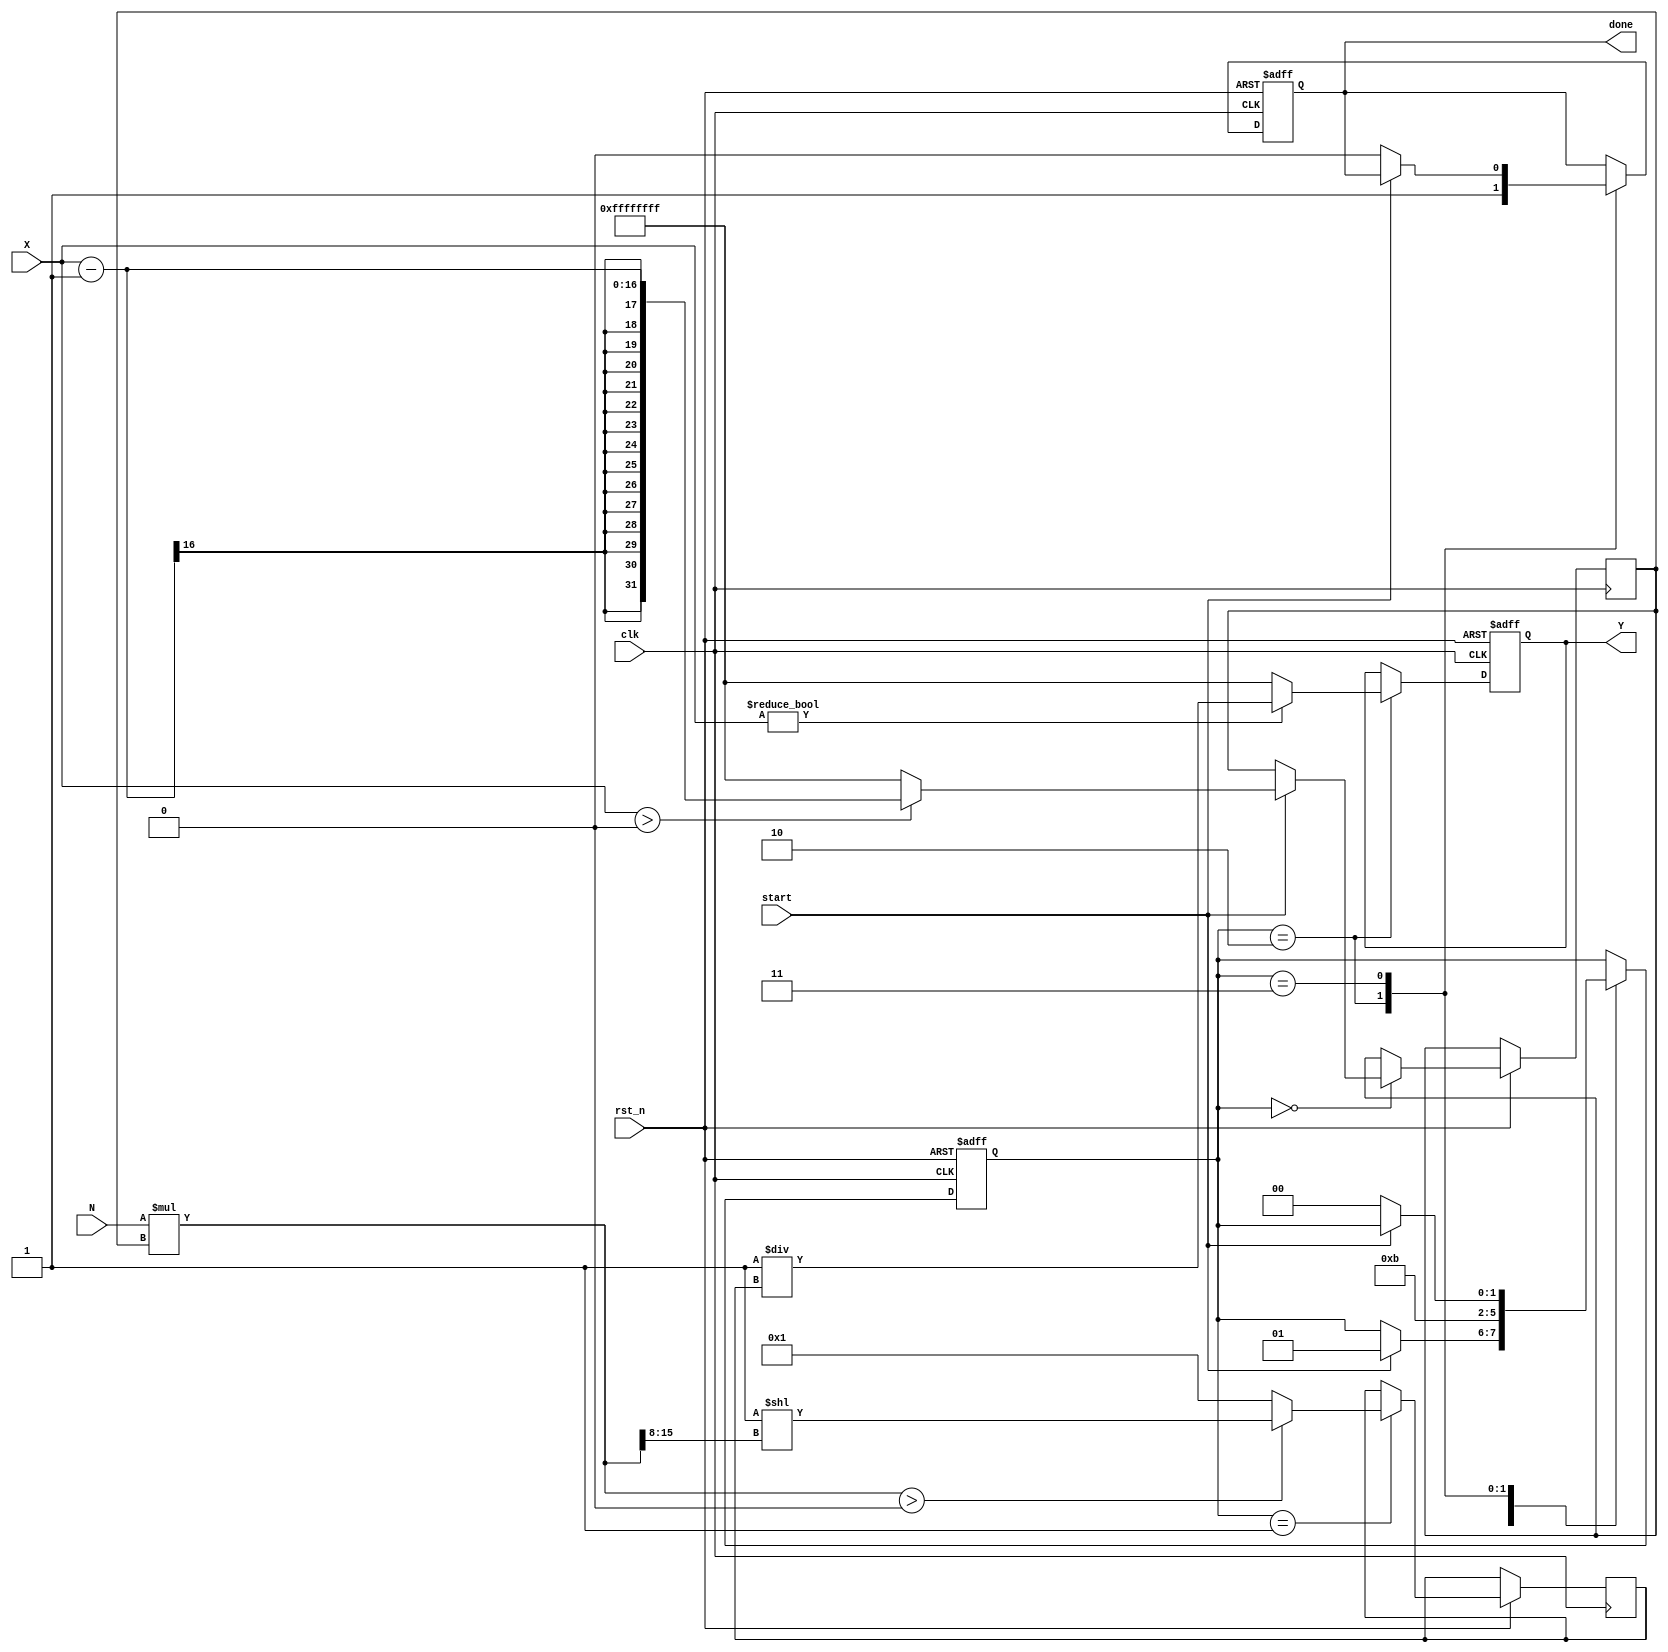
module FractionalOrderReciprocal (
    input wire clk,               // Clock signal
    input wire rst_n,             // Active low reset
    input wire [15:0] X,          // Input variable (fixed-point representation)
    input wire [15:0] N,          // Fractional order (fixed-point representation)
    input wire start,             // Start signal for computation
    output reg [31:0] Y,          // Output result (fixed-point representation)
    output reg done               // Done signal
);

    // Internal signals
    reg [31:0] ln_X;              // Natural logarithm of X
    reg [31:0] exp_N_ln_X;        // Exponential of N * ln(X)
    reg [31:0] X_power_N;         // X^N
    reg [1:0] state;              // State for FSM
    reg [31:0] temp;              // Temporary variable for calculations

    // State encoding
    localparam IDLE = 2'b00,
               CALC_LN = 2'b01,
               CALC_EXP = 2'b10,
               DONE = 2'b11;

    // Logarithm and Exponential approximation (simple fixed-point)
    function [31:0] ln;
        input [15:0] x;
        begin
            // Simple approximation for ln(x) using Taylor series or other methods
            // This is a placeholder; a proper implementation is needed
            ln = (x > 0) ? (x - 16'h0001) : 32'hFFFFFFFF; // ln(x) = x - 1 for x > 1
        end
    endfunction

    function [31:0] exp;
        input [31:0] x;
        begin
            // Simple approximation for e^x using Taylor series or other methods
            // This is a placeholder; a proper implementation is needed
            exp = (x > 0) ? (32'h00000001 << (x[15:0] >> 8)) : 32'h00000001; // e^x ~ 2^(x/256)
        end
    endfunction

    // FSM for controlling the computation
    always @(posedge clk or negedge rst_n) begin
        if (!rst_n) begin
            state <= IDLE;
            Y <= 32'h00000000;
            done <= 1'b0;
        end else begin
            case (state)
                IDLE: begin
                    if (start) begin
                        ln_X <= ln(X);
                        state <= CALC_LN;
                    end
                end
                CALC_LN: begin
                    exp_N_ln_X <= exp(N * ln_X);
                    state <= CALC_EXP;
                end
                CALC_EXP: begin
                    if (X != 0) begin
                        Y <= 32'h00000001 / exp_N_ln_X; // Y = 1 / (X^N)
                    end else begin
                        Y <= 32'hFFFFFFFF; // Handle division by zero
                    end
                    done <= 1'b1;
                    state <= DONE;
                end
                DONE: begin
                    if (!start) begin
                        done <= 1'b0;
                        state <= IDLE;
                    end
                end
            endcase
        end
    end

endmodule